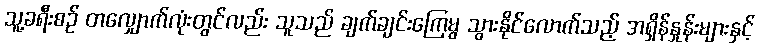
သူ့ခရီးစဉ် တလျှောက်လုံးတွင်လည်း သူသည် ချက်ချင်းကြေမွ သွားနိုင်လောက်သည့် အရှိန်နှုန်းများနှင့်